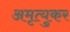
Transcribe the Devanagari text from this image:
अमृत्युकर